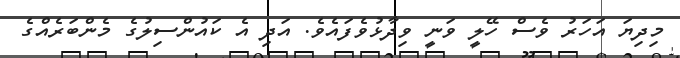
މިދިޔަ އަހަރު ވެސް ހޭލީ ވަނީ ވިދާޅުވެފައެވެ. އަދި އެ ކައުންސިލުގެ މެންބަރެއްގެ